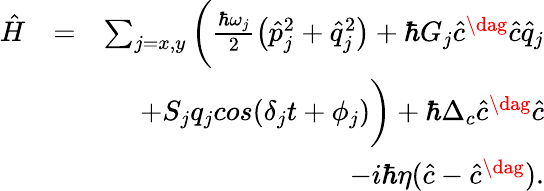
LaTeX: \begin{array}{rlr}{\hat{H}}&{=}&{\sum_{j=x,y}\bigg(\frac{\hbar\omega_{j}}{2}\big(\hat{p}_{j}^{2}+\hat{q}_{j}^{2}\big)+\hbar G_{j}\hat{c}^{\dag}\hat{c}\hat{q}_{j}}\\ &{}&{+S_{j}q_{j}cos(\delta_{j}t+\phi_{j})\bigg)+\hbar\Delta_{c}\hat{c}^{\dag}\hat{c}}\\ &{}&{-i\hbar\eta(\hat{c}-\hat{c}^{\dag}).}\end{array}